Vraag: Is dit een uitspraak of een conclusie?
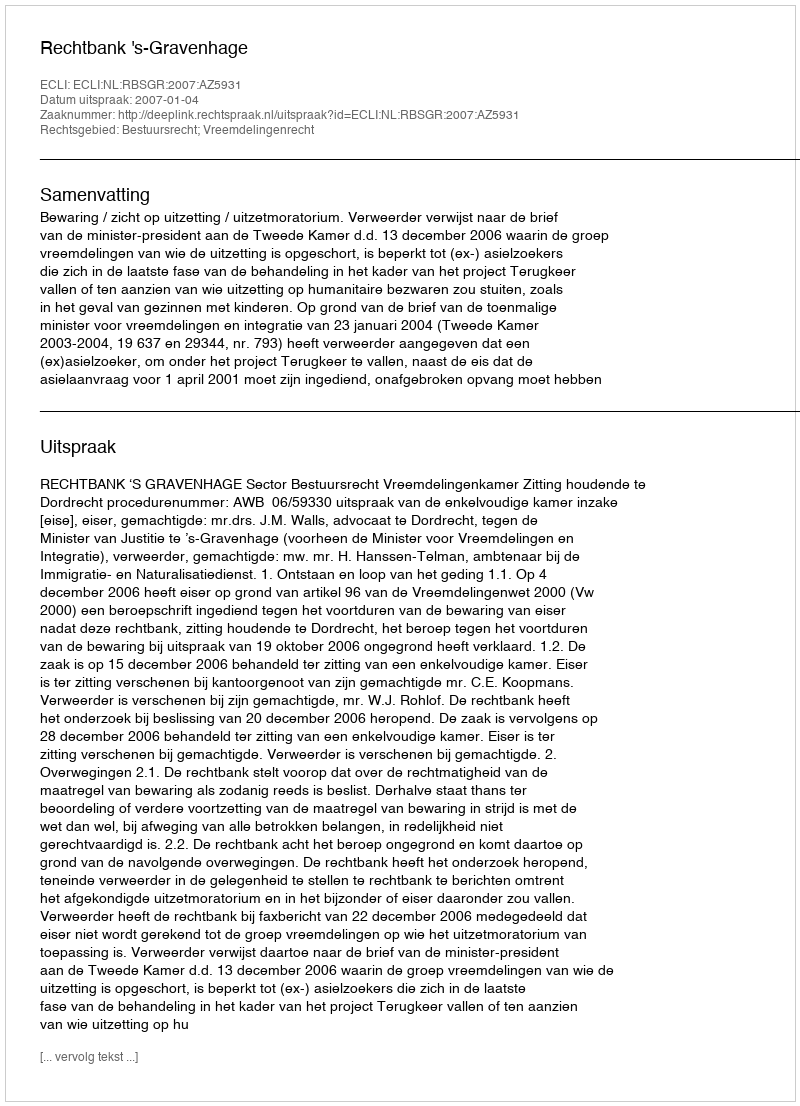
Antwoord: Uitspraak